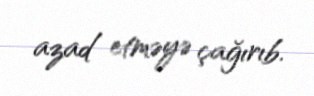
azad etməyə çağırıb.